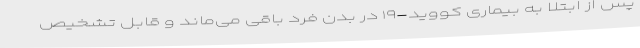
پس از ابتلا به بیماری کووید-۱۹ در بدن فرد باقی می‌ماند و قابل تشخیص